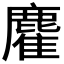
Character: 𪋇